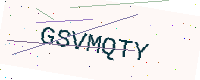
Text: GSVMQTY